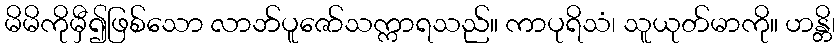
မိမိကိုမှီ၍ဖြစ်သော လာဘ်ပူဇော်သက္ကာရသည်။ ကာပုရိသံ၊ သူယုတ်မာကို။ ဟန္တိ၊